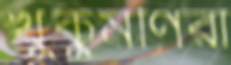
খুকুমণিরা